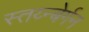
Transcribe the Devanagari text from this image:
स्तय्न्बेर्गन